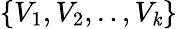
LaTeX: \{ V_{1},V_{2},..,V_{\mathit{k}}\}